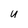
Character: u